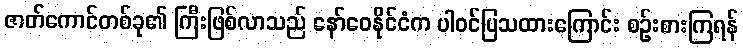
ဇာတ်ကောင်တစ်ခု၏ ကြီးဖြစ်လာသည် နော်ဝေနိုင်ငံက ပါဝင်ပြသထားကြောင်း စဉ်းစားကြရန်